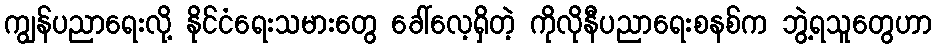
ကျွန်ပညာရေးလို့ နိုင်ငံရေးသမားတွေ ခေါ်လေ့ရှိတဲ့ ကိုလိုနီပညာရေးစနစ်က ဘွဲ့ရသူတွေဟာ